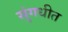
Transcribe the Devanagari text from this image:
सुंगधीत